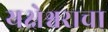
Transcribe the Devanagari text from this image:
यक्षेश्वराचा